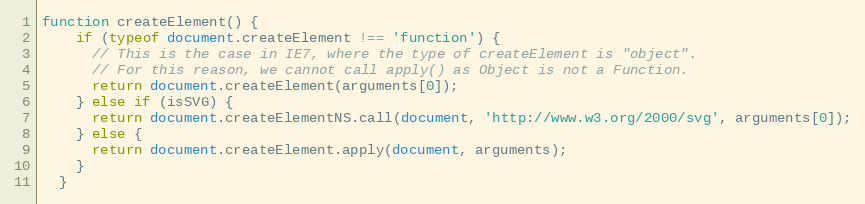
Language: JavaScript
function createElement() {
    if (typeof document.createElement !== 'function') {
      // This is the case in IE7, where the type of createElement is "object".
      // For this reason, we cannot call apply() as Object is not a Function.
      return document.createElement(arguments[0]);
    } else if (isSVG) {
      return document.createElementNS.call(document, 'http://www.w3.org/2000/svg', arguments[0]);
    } else {
      return document.createElement.apply(document, arguments);
    }
  }